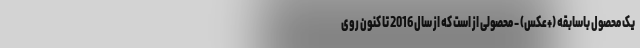
یک محصول باسابقه (+عکس) - محصولی از است که از سال 2016 تا کنون روی